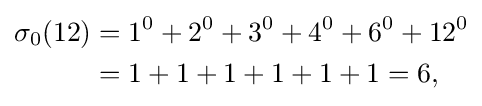
{\begin{aligned}\sigma _{0}(12)&=1^{0}+2^{0}+3^{0}+4^{0}+6^{0}+12^{0}\\&=1+1+1+1+1+1=6,\end{aligned}}